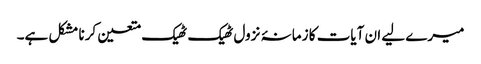
میرے لیے ان آیات کا زمانۂ نزول ٹھیک ٹھیک متعین کرنا مشکل ہے۔